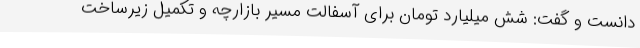
دانست و گفت: شش میلیارد تومان برای آسفالت مسیر بازارچه و تکمیل زیرساخت